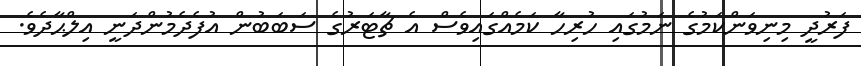
ފަރުދީ މިނިވަންކަމުގެ ނަމުގައި ހުރިހާ ކަމެއްގައިވެސް އެ ޗާޓަރުގެ ސަބަބުން އުފެދެމުންދަނީ އިލްޙާދެވެ.